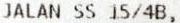
JALAN SS 15/4B,